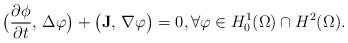
LaTeX: \begin{align*}\big(\frac{\partial \phi}{\partial t},\, \Delta \varphi\big) + \big(\mathbf{J},\, \nabla \varphi\big) = 0, \forall \varphi \in H_{0}^{1}(\Omega)\cap H^{2}(\Omega).\end{align*}